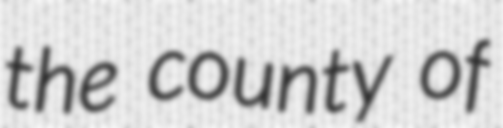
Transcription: the county of